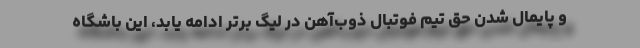
و پایمال شدن حق تیم فوتبال ذوب‌آهن در لیگ برتر ادامه یابد، این باشگاه